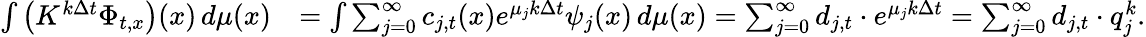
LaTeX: \begin{array}{rl}{\int\big(K^{k\Delta t}\Phi_{t,x}\big)(x)\, d\mu(x)}&{=\int\sum_{j=0}^{\infty}c_{j,t}(x)e^{\mu_{j}k\Delta t}\psi_{j}(x)\, d\mu(x)=\sum_{j=0}^{\infty}d_{j,t}\cdot e^{\mu_{j}k\Delta t}=\sum_{j=0}^{\infty}d_{j,t}\cdot q_{j}^{k}.}\end{array}